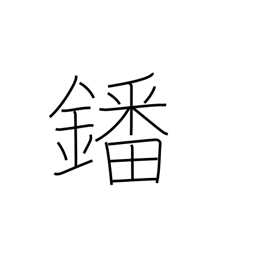
Meaning: vanadium